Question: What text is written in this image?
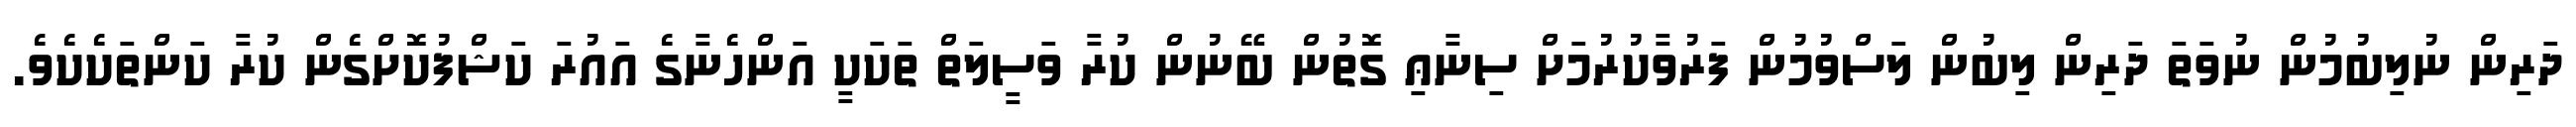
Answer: ދަރިން ނުލިބުމުން ނުވަތަ ދަރިން ލިބުން ލަސްވުމުން ފަރުވާކުރުމަށް ސިނާޢި ގޮތުން ބޭނުން ކުރާ ވަސީލަތް ތަކަކީ އަންހެނާގެ އައުރަ ކަޝްފުކޮށްގެން ކުރާ ކަންތަކެކެވެ.